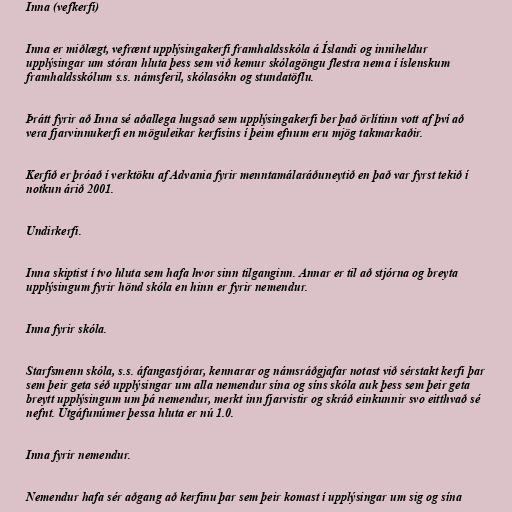
Inna (vefkerfi)

Inna er miðlægt, vefrænt upplýsingakerfi framhaldsskóla á Íslandi og inniheldur
upplýsingar um stóran hluta þess sem við kemur skólagöngu flestra nema í íslenskum
framhaldsskólum s.s. námsferil, skólasókn og stundatöflu.

Þrátt fyrir að Inna sé aðallega hugsað sem upplýsingakerfi ber það örlítinn vott af því að
vera fjarvinnukerfi en möguleikar kerfisins í þeim efnum eru mjög takmarkaðir.

Kerfið er þróað í verktöku af Advania fyrir menntamálaráðuneytið en það var fyrst tekið í
notkun árið 2001.

Undirkerfi.

Inna skiptist í tvo hluta sem hafa hvor sinn tilganginn. Annar er til að stjórna og breyta
upplýsingum fyrir hönd skóla en hinn er fyrir nemendur.

Inna fyrir skóla.

Starfsmenn skóla, s.s. áfangastjórar, kennarar og námsráðgjafar notast við sérstakt kerfi þar
sem þeir geta séð upplýsingar um alla nemendur sína og síns skóla auk þess sem þeir geta
breytt upplýsingum um þá nemendur, merkt inn fjarvistir og skráð einkunnir svo eitthvað sé
nefnt. Útgáfunúmer þessa hluta er nú 1.0.

Inna fyrir nemendur.

Nemendur hafa sér aðgang að kerfinu þar sem þeir komast í upplýsingar um sig og sína